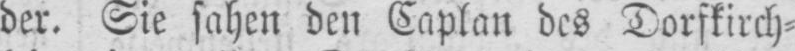
der. Sie sahen den Caplan des Dorfkirch⸗